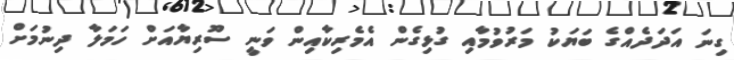
ގިނަ އަދަދެއްގެ ބަޔަކު މަރުވުމާއި ގުޅިގެން އެމެރިކާއިން ވަނީ ސޫރިޔާއަށް ހަމަލާ ދިނުމަށް